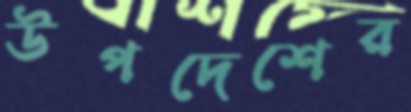
উপদেশের